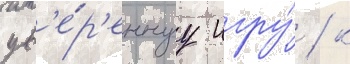
ув'е́р'еннуу игру́ / к